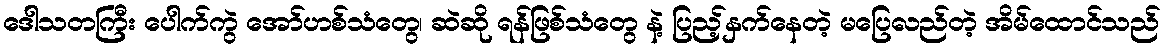
ဒေါသတကြီး ပေါက်ကွဲ အော်ဟစ်သံတွေ၊ ဆဲဆို ရန်ဖြစ်သံတွေ နဲ့ ပြည့်နှက်နေတဲ့ မပြေလည်တဲ့ အိမ်ထောင်သည်